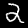
Label: 2